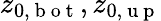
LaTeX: z_{0,\mathrm{~b~o~t~}},z_{0,\mathrm{~u~p~}}